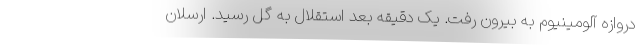
دروازه آلومینیوم به بیرون رفت. یک دقیقه بعد استقلال به گل رسید. ارسلان